Bombay plague: being a history of the progress of plague in the Bombay presidency from September 1896 to June 1899
Year: 1896
Disease focus: Plague
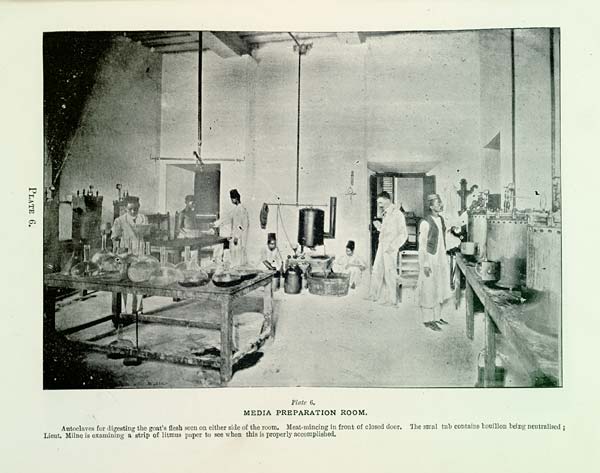
PLATE 6.
Plate 6.
MEDIA PREPARATION ROOM.
Autoclaves for digesting the goat's flesh seen on either side of the room. Meat-mincing in front of closed door. The smal tub contains bouillon being neutralised;
Lieut. Milne is examining a strip of litmus paper to see when this is properly accomplished.